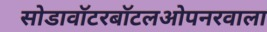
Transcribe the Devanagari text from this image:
सोडावॉटरबॉटलओपनरवाला